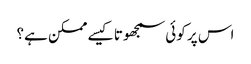
اس پر کوئی سمجھوتا کیسے ممکن ہے؟